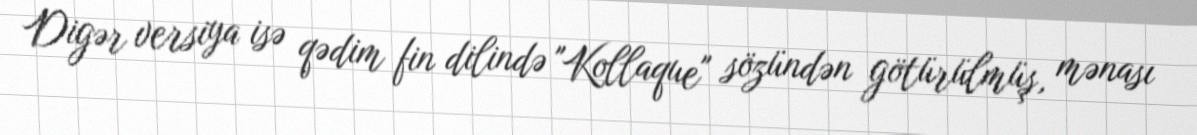
Digər versiya isə qədim fin dilində "Kollaque" sözündən götürülmüş, mənası